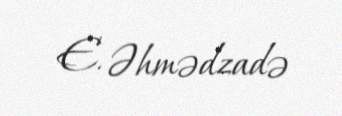
E. Əhmədzadə